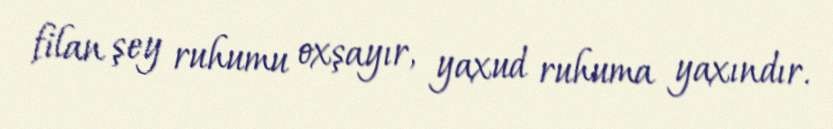
filan şey ruhumu oxşayır, yaxud ruhuma yaxındır.